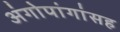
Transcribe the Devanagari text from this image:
अंगोपांगांसह